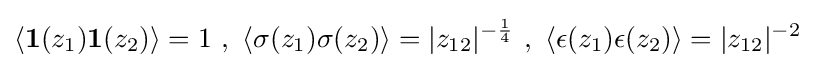
\left\langle \mathbf {1} (z_{1})\mathbf {1} (z_{2})\right\rangle =1\ ,\ \left\langle \sigma (z_{1})\sigma (z_{2})\right\rangle =|z_{12}|^{-{\frac {1}{4}}}\ ,\ \left\langle \epsilon (z_{1})\epsilon (z_{2})\right\rangle =|z_{12}|^{-2}